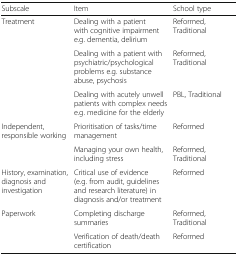
| Subscale | Item | School type |
 | --- | --- | --- |
 | Treatment | Dealing with a patient with cognitive impairment e.g. dementia, delirium | Reformed, Traditional |
 |  | Dealing with a patient with psychiatric/psychological problems e.g. substance abuse, psychosis | Reformed, Traditional |
 |  | Dealing with acutely unwell patients with complex needs e.g. medicine for the elderly | PBL, Traditional |
 | <ROWSPAN=2> Independent, responsible working | Prioritisation of tasks/time management | Reformed |
 | Managing your own health, including stress | Reformed, Traditional |
 | History, examination, diagnosis and investigation | Critical use of evidence (e.g. from audit, guidelines and research literature) in diagnosis and/or treatment | Reformed |
 | <ROWSPAN=2> Paperwork | Completing discharge summaries | Reformed, Traditional |
 | Verification of death/death certification | Reformed |